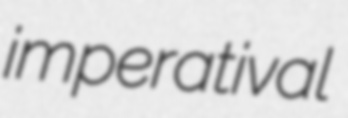
imperatival